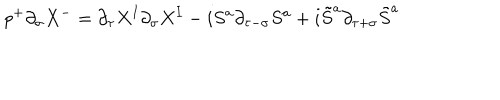
LaTeX: p ^ { + } \partial _ { \sigma } X ^ { - } = \partial _ { \tau } X ^ { I } \partial _ { \sigma } X ^ { I } - i S ^ { a } \partial _ { \tau - \sigma } S ^ { a } + i \tilde { S } ^ { a } \partial _ { \tau + \sigma } \tilde { S } ^ { a }